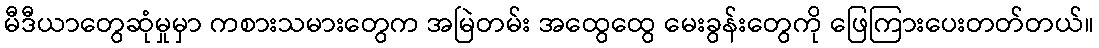
မီဒီယာတွေဆုံမှုမှာ ကစားသမားတွေက အမြဲတမ်း အထွေထွေ မေးခွန်းတွေကို ဖြေကြားပေးတတ်တယ်။